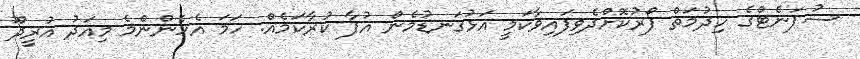
ސުޕަނެޓްގެ ހިދުމަތް ފޯރުކޮށްދެވިފައިވާކަމީ އަޅުގަނޑުމެން އުފާ ކުރާކަމެއް. ހަމަ އެހެންންމެ މިއަދު އުރީދޫ